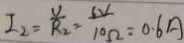
I _ { 2 } = \frac { V } { R _ { 2 } } = \frac { 6 V } { 1 0 \Omega } = 0 . 6 A